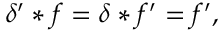
\delta ^ { \prime } * f = \delta * f ^ { \prime } = f ^ { \prime } ,